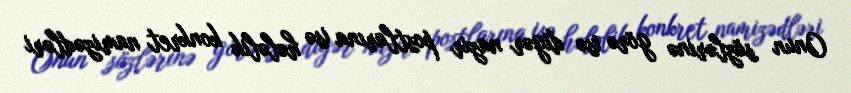
Onun sözlərinə görə isə digər nazir postlarına isə hələlik konkret namizədləri